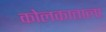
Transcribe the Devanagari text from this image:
कोलकात्ताला